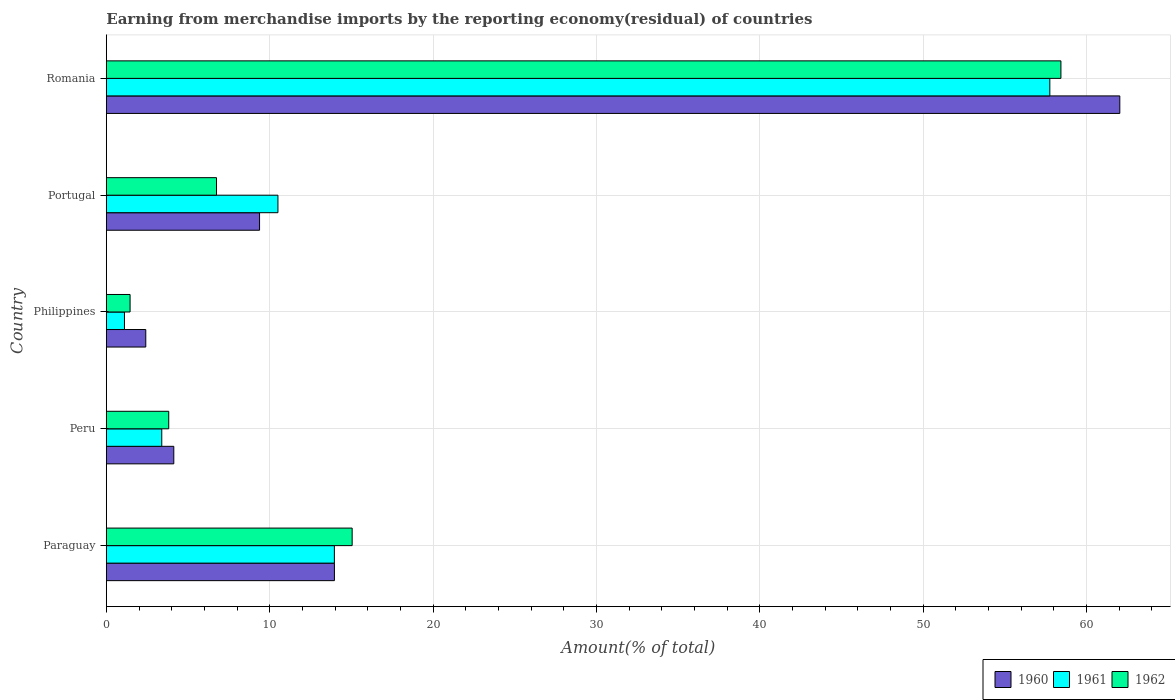
| Country | 1960 | 1961 | 1962 |
 | --- | --- | --- | --- |
 | Paraguay | 14 | 14 | 15 |
 | Peru | 4.13 | 3.39 | 3.82 |
 | Philippines | 2.41 | 1.11 | 1.45 |
 | Portugal | 9.38 | 10.5 | 6.74 |
 | Romania | 62 | 57.7 | 58.4 |